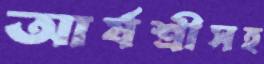
আর্যশ্রীসহ